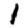
Digit: 1